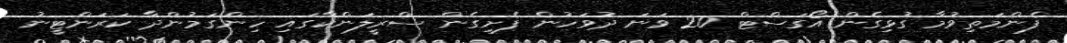
ފެންމަތިވުމާ ގުޅިގެން އޯގަސްޓް 20 ވަނަ ދުވަހުން ފެށިގެން ސްރީލަންކާގައި ހިންގަމުންދާ ކަރަންޓީނު